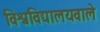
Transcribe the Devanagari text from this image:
विश्वविद्यालयवाले